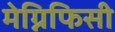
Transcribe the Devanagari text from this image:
मेग्निफिसी